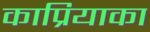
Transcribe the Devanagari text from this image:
काप्रियाका